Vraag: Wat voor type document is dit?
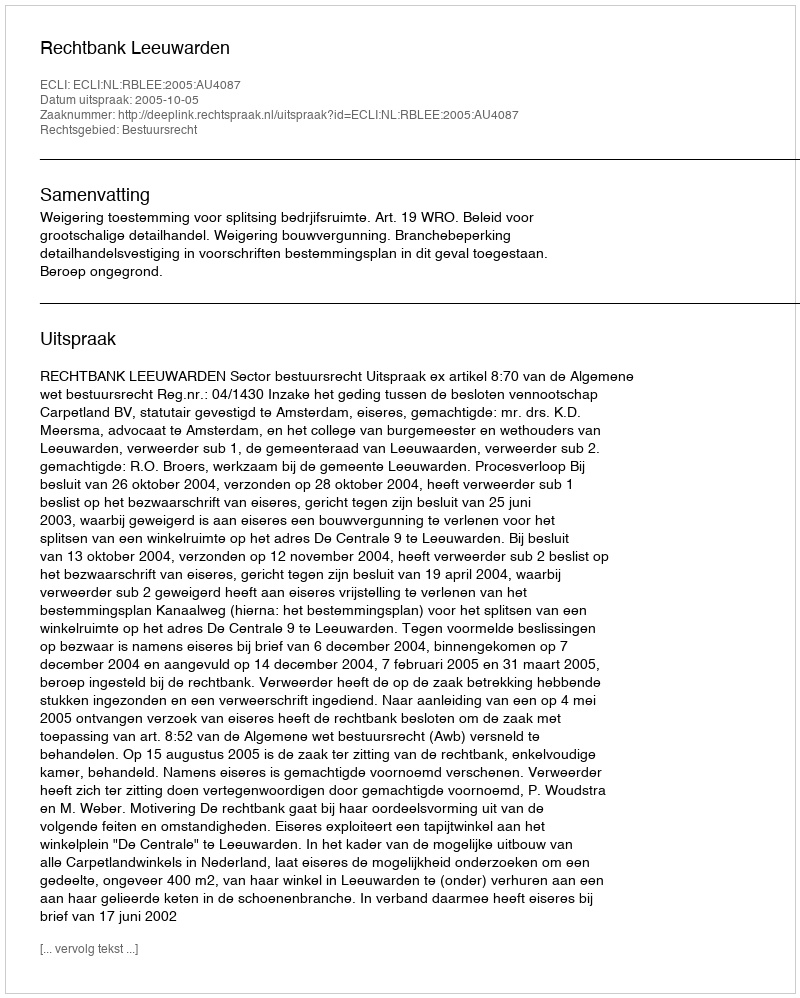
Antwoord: Uitspraak